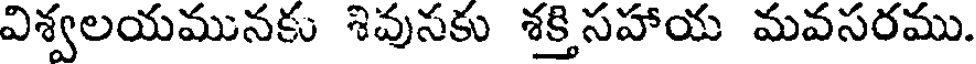
విశ్వలయమునకు శివుసకు శక్తి సహాయ మవసరము.